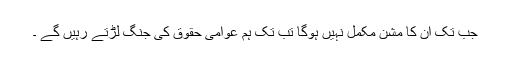
جب تک ان کا مشن مکمل نہیں ہوگا تب تک ہم عوامی حقوق کی جنگ لڑتے رہیں گے ۔